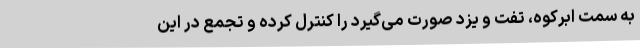
به سمت ابرکوه، تفت و یزد صورت می‌گیرد را کنترل کرده و تجمع در این